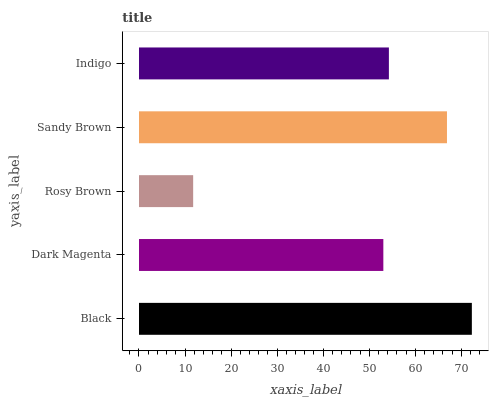
| yaxis_label | bars |
 | --- | --- |
 | Black | 72.3 |
 | Dark Magenta | 53.1 |
 | Rosy Brown | 11.8 |
 | Sandy Brown | 66.9 |
 | Indigo | 54.3 |